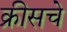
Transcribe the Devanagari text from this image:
क्रीसचे